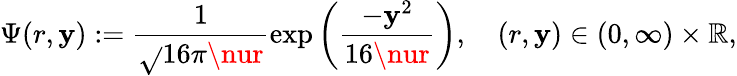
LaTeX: \Psi(r,\mathbf{y}):=\frac{{1}}{{\sqrt{}{{16\pi\nur}}}}\exp\left(\frac{{-\mathbf{y}^{2}}}{{16\nur}}\right),\quad(r,\mathbf{y})\in(0,\infty)\times\mathbb{{R}},